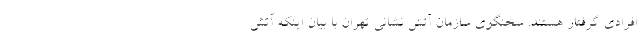
افرادی گرفتار هستند. سخنگوی سازمان آتش نشانی تهران با بیان اینکه آتش